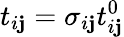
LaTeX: t_{i\mathbf{j}}=\sigma_{i\mathbf{j}}t_{i\mathbf{j}}^{0}